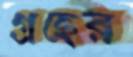
গ্রহের